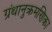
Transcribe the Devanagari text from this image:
ग्रंथानुक्रमणिका